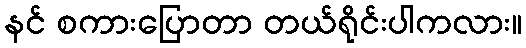
နင် စကားပြောတာ တယ်ရိုင်းပါကလား။